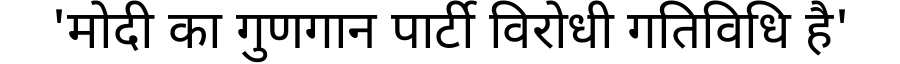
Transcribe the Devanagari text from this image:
'मोदी का गुणगान पार्टी विरोधी गतिविधि है'